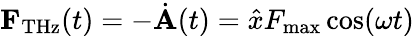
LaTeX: {\mathbf F}_{\mathrm{THz}}(t)=-\dot{\mathbf A}(t)=\hat{x}F_{\mathrm{max}}\cos(\omega t)